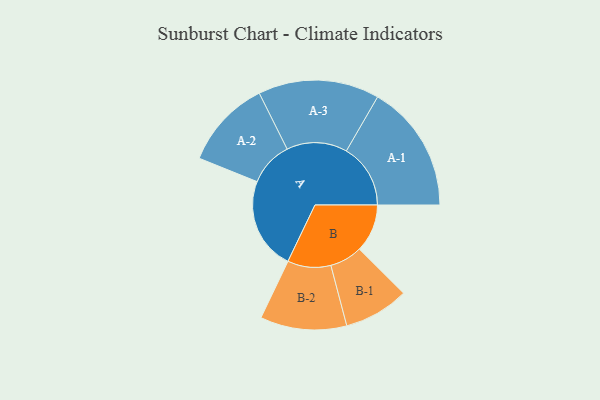
{"axis": {"x": "Segment", "y": "Value"}, "legend": ["", "A", "B"], "data": [{"x": "A", "y": 389, "type": ""}, {"x": "B", "y": 202, "type": ""}, {"x": "A-1", "y": 270, "type": "A"}, {"x": "A-2", "y": 187, "type": "A"}, {"x": "A-3", "y": 255, "type": "A"}, {"x": "B-1", "y": 137, "type": "B"}, {"x": "B-2", "y": 182, "type": "B"}]}